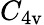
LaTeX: C_{4\mathrm{v}}